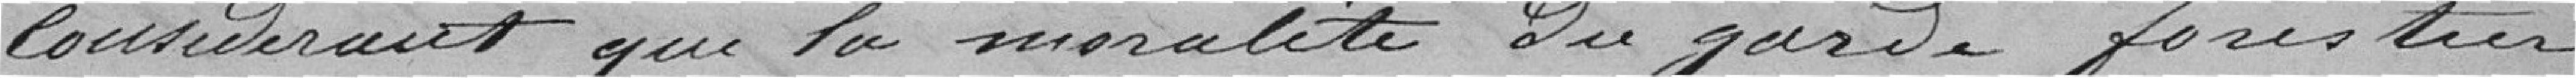
considérant que la moralité du garde forestier